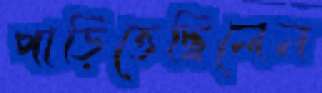
পাড়িতেছিলেন